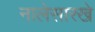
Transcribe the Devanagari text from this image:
नालेसारखे